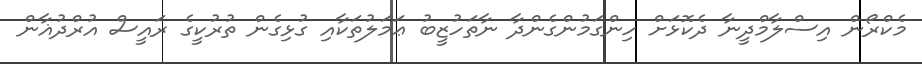
މެކްރޯން އިސްލާމްދީނާ ދެކޮޅަށް ހިންގަމުންގެންދާ ނާތަހުޒީބު ޢަމަލުތަކާއި ގުޅިގެން ތުރުކީގެ ރައީސް އުރްދުޣާން